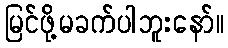
မြင်ဖို့မခက်ပါဘူးနော်။